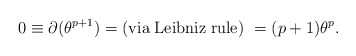
\begin{align*}0\equiv \partial(\theta^{p+1})={\rm (via\; Leibniz\; rule)\ }=(p+1)\theta^{p} .\end{align*}